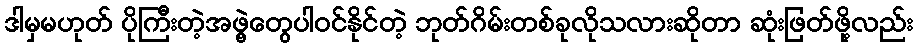
ဒါမှမဟုတ် ပိုကြီးတဲ့အဖွဲ့တွေပါဝင်နိုင်တဲ့ ဘုတ်ဂိမ်းတစ်ခုလိုသလားဆိုတာ ဆုံးဖြတ်ဖို့လည်း